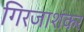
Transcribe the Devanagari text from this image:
गिरजाशंकर